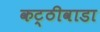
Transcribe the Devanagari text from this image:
कट्ठीवाडा